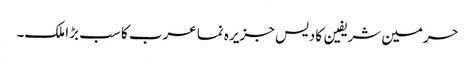
حرمین شریفین کادیس جزیرہ نما عرب کا سب بڑا ملک۔